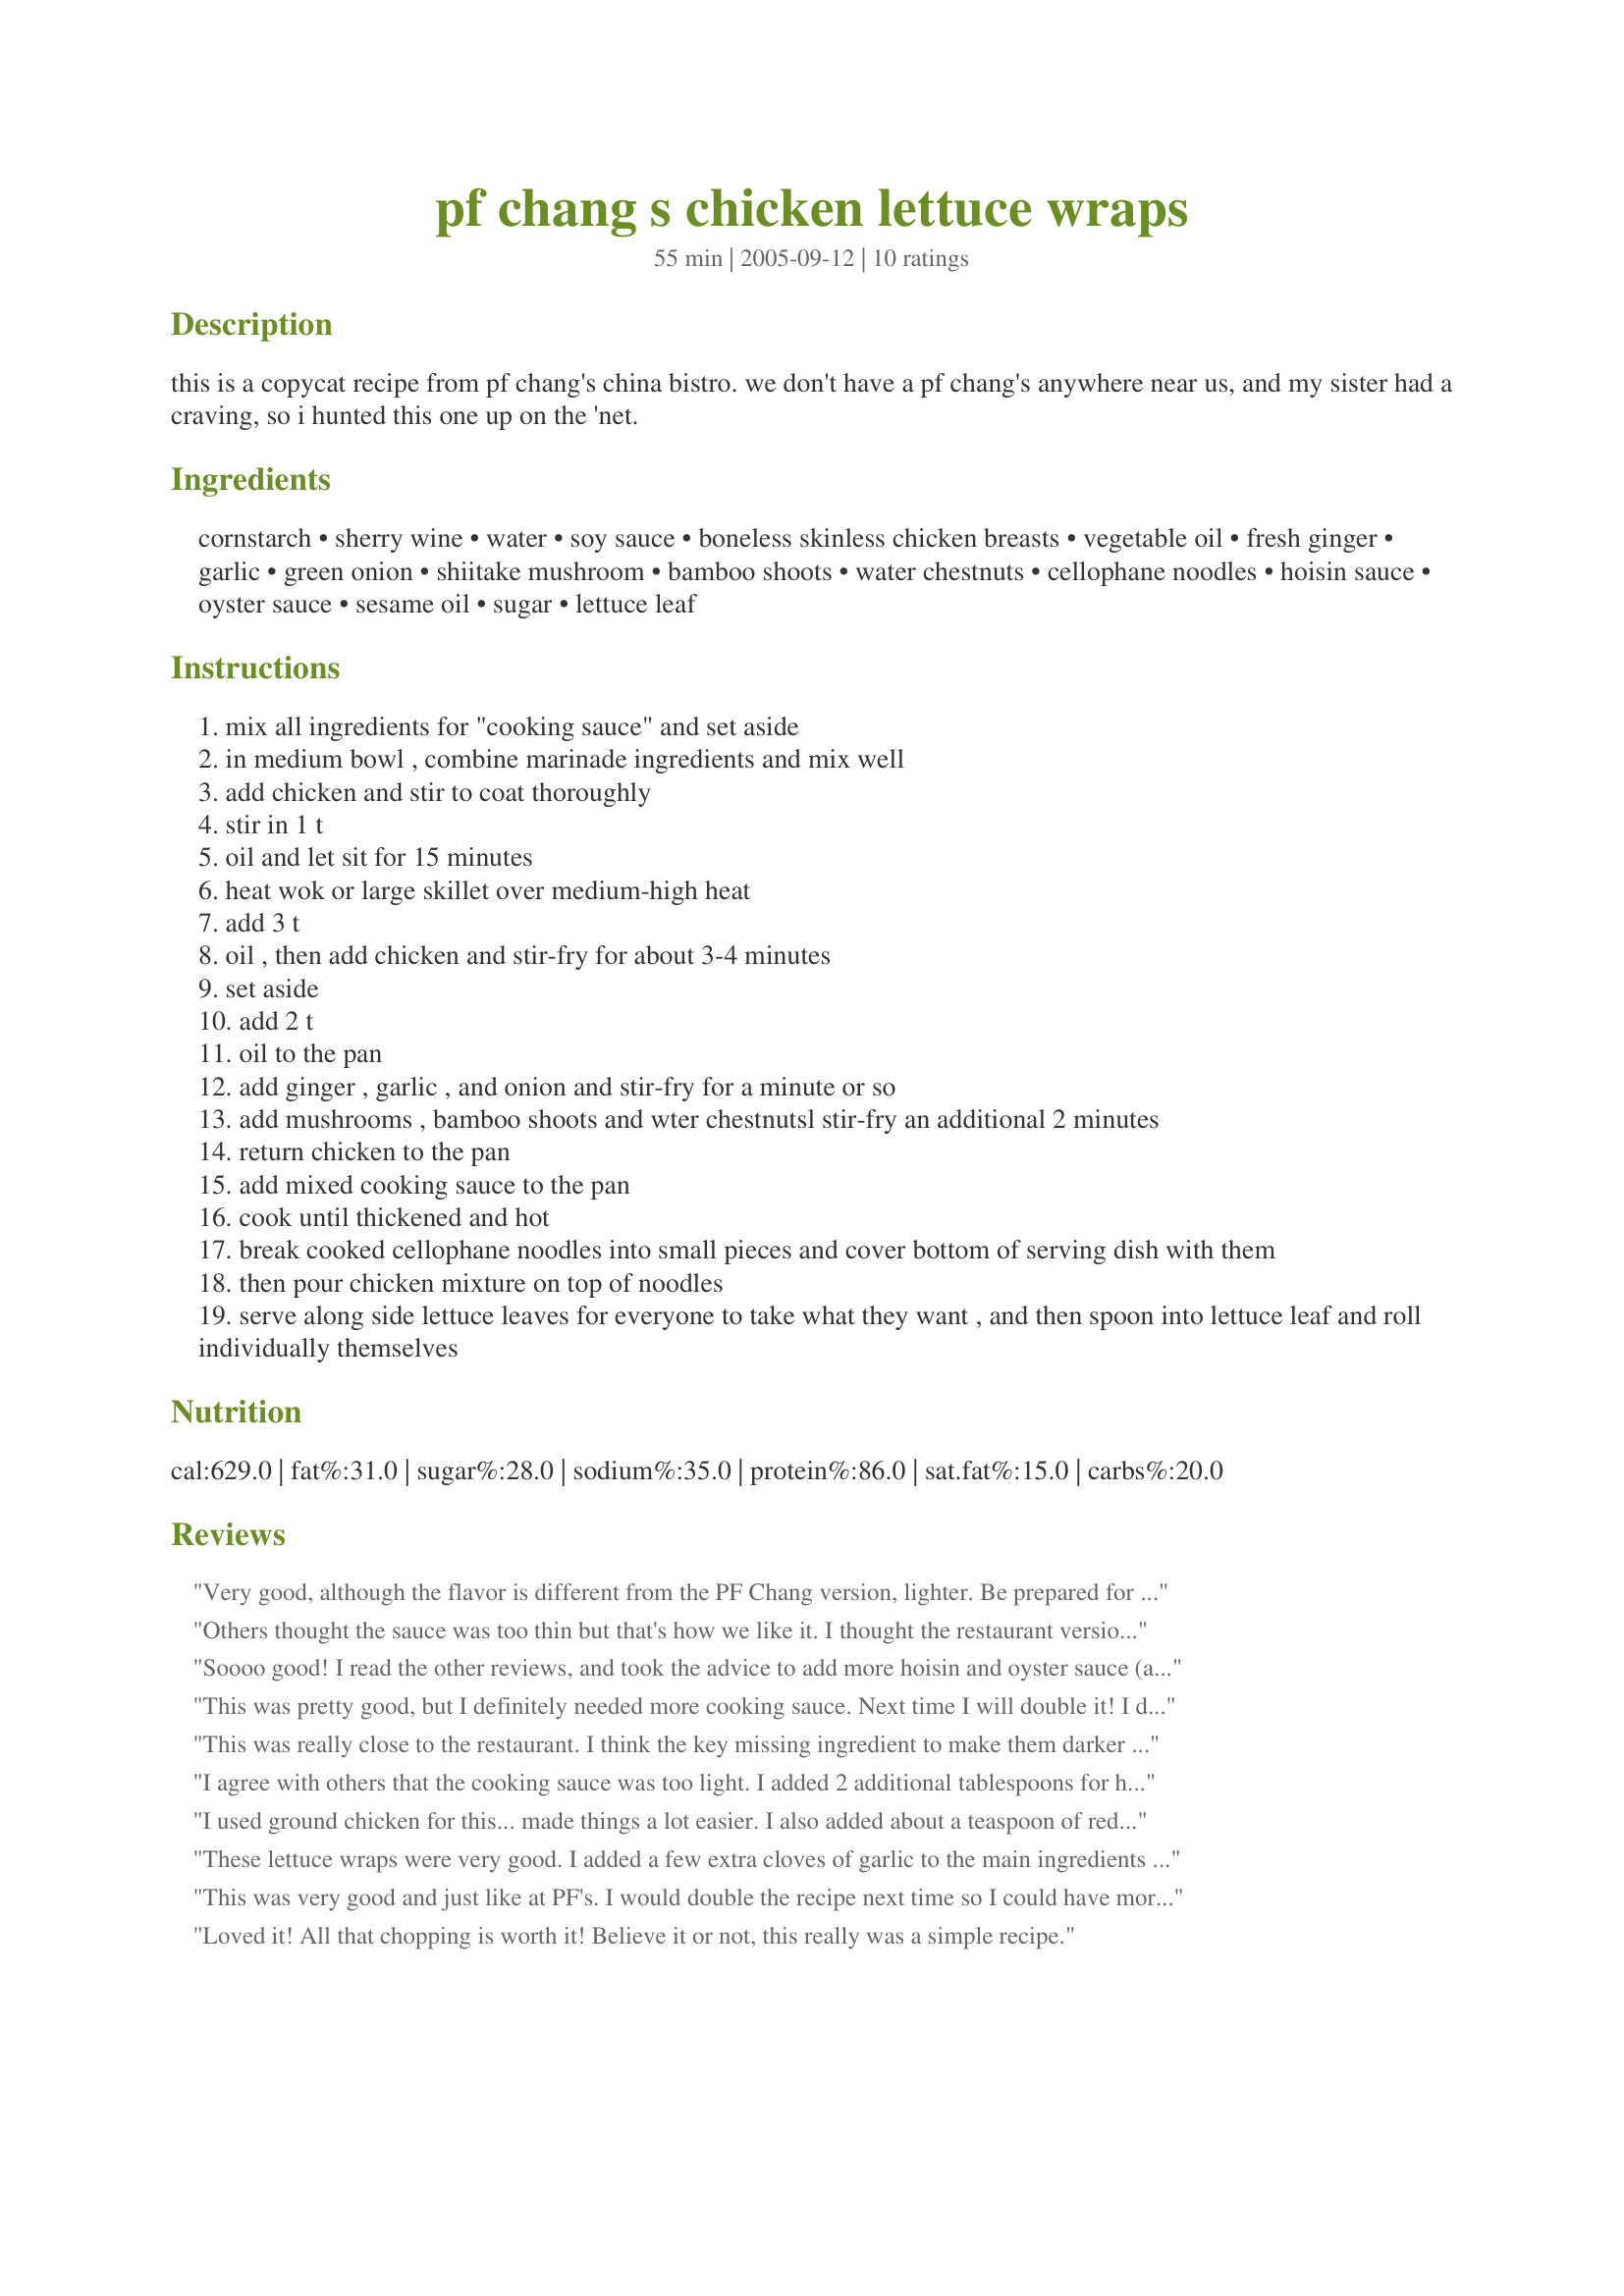
pf chang s chicken lettuce wraps
Preparation time: 55 minutes

this is a copycat recipe from pf chang's china bistro. we don't have a pf chang's anywhere near us, and my sister had a craving, so i hunted this one up on the 'net.

Ingredients:
cornstarch, sherry wine, water, soy sauce, boneless skinless chicken breasts, vegetable oil, fresh ginger, garlic, green onion, shiitake mushroom, bamboo shoots, water chestnuts, cellophane noodles, hoisin sauce, oyster sauce, sesame oil, sugar, lettuce leaf

Steps:
mix all ingredients for "cooking sauce" and set aside
in medium bowl , combine marinade ingredients and mix well
add chicken and stir to coat thoroughly
stir in 1 t
oil and let sit for 15 minutes
heat wok or large skillet over medium-high heat
add 3 t
oil , then add chicken and stir-fry for about 3-4 minutes
set aside
add 2 t
oil to the pan
add ginger , garlic , and onion and stir-fry for a minute or so
add mushrooms , bamboo shoots and wter chestnutsl stir-fry an additional 2 minutes
return chicken to the pan
add mixed cooking sauce to the pan
cook until thickened and hot
break cooked cellophane noodles into small pieces and cover bottom of serving dish with them
then pour chicken mixture on top of noodles
serve along side lettuce leaves for everyone to take what they want , and then spoon into lettuce leaf and roll individually themselves

Reviews:
Very good, although the flavor is different from the PF Chang version, lighter. Be prepared for lots of chopping; we did food process the chicken. I think next time I might double the cooking sauce or something like that. We fed 4 adults for lunch on this amount. It doesn't give a recipe for the dipping sauce; another recipe gave one for 1/2 c. soy sauce, 1/2 cup chicken broth--we added several tablespoons hoisin sauce because we thought the flavor was too light--of course you can add garlic-chile sauce and/or hot mustard to taste, like they do at the restaurant. Another comment was that they used more of the cooking sauce for dipping sauce. With the noodles, don't use the rice sticks, use the mung bean noodles-type of cellophane noodles. Fry in enough oil to cover them, and they puff very quickly when the oil is hot enough, so watch carefully; I did it in small batches. I ddin't use the ginger; one comment was that they asked and the restaurant doesn't use ginger in their wraps, and I'm not fond of ginger anyway. I will fix these again!
Others thought the sauce was too thin but that's how we like it. I thought the restaurant version was too rich. My husband and I love the gluten free version of this recipe (we don't have a gluten allergy). We omitted the Oyster sauce (not a fan). Make sure you use ICEBERG lettuce. I still don't know hot to cook those cellophane noodles. Very yummy. It's part of my regular dinner menu.
Soooo good! I read the other reviews, and took the advice to add more hoisin and oyster sauce (added 1T of each). The sauce was definately lighter than the original, but still very good. I think I'll double the whole sauce recipe next time and see how that goes. I don't have alot of experience in preparing Chinese dishes, and this one was really easy so I'll bet anyone can tackle it. I cheated and used the KitchenAid food grinder and ground up the chicken, and used my food chopper for the rest, so it went pretty quickly! I had to use portabello mushrooms, since that was what I had. A note on the noodles - I've never even seen the things before, so had no clue what to do with them. I took the advice from 'suseme' and fried them (soaked them in water for 10 minutes first, rinse and drain) - it's important to make them in small batches, and I mean SMALL... I thought a handful would be fine, but you really need to string them out in the oil or they clump together and get really greasy. Thank you for a great recipe - I will definately make these again to feed my addiction!
This was pretty good, but I definitely needed more cooking sauce. Next time I will double it! I didn't have the cellophane noodles and will make sure to have those too. I think it needed a dipping sauce and I used another PF Changs lettuce wrap recipe from here for that "special" sauce.
This was really close to the restaurant. I think the key missing ingredient to make them darker and more "carmelized" is Asian Hoisen sauce. NOT plum sauce; that's totally different. Go to your local Asian grocery store and look for Hoisen sauce. Or go to your favorite grocery store and pay 4 times as much for it :-) Anyway, add about 2-4 tablespoons of Hoisen sauce directly to the mix in the frying pan right after you add the stir fry sauce. And, I was reading some reviews that say use ground chicken. I say dice it really small, like the same size as the mushrooms, and it will be much better. Texture makes a huge difference. Bless you all!
I agree with others that the cooking sauce was too light. I added 2 additional tablespoons for hoisin sauce, 1 tablespoon soy sauce and 1 tsp. sesame oil. I didn't have any sherry so I used sake instead. Didn't need the cornstarch in the marinade or cooking sauce. I used 1.25 lb of ground turkey instead of chicken. For the filling, I left out the bamboo shoots and noodles since I didn't have any and added some finely chopped onions. If you want more flavor, I made a sauce with 1/4 cup water, 1/8 cup sugar, 1 tablespoon soy sauce, 1 tablespoon rice vinegar and 1/8 teaspoon sesame oil and spooned a little sauce over the filling. Yum!
I used ground chicken for this... made things a lot easier. I also added about a teaspoon of red pepper flakes. Tastes a lot like the P.F. Chang's version!
These lettuce wraps were very good. I added a few extra cloves of garlic to the main ingredients and an extra tsp. of hoisin & oyster sauce each, as I thought the cooking sauce was too light. There is lots of prep time & chopping, but certainly worth it--my FH loved the recipe. I will certainly make it again!
This was very good and just like at PF's. I would double the recipe next time so I could have more left overs. The hot sauce is what makes the wraps!
Loved it! All that chopping is worth it! Believe it or not, this really was a simple recipe.
